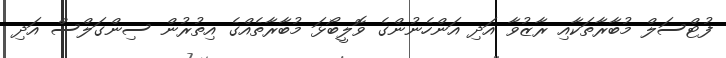
ފުޓްސަލް މުބާރާތަކާއި ރާޒުވާ އަދި އަންހެނުންގެ ވޮލީބޯޅަ މުބާރާތެއްގެ އިތުރުން ސިންގަލްސް އަދި